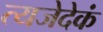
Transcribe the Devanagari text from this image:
त्यजेदेकं